Indian journal of veterinary science and animal husbandry - Volume 11,
Year: 1941
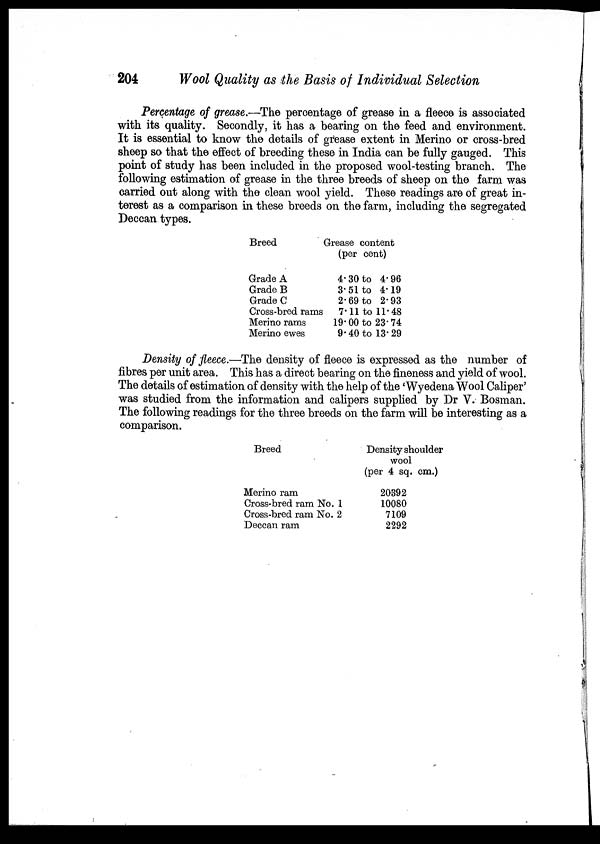
204
Wool Quality as the Basis of Individual Selection
Percentage of grease.—The percentage of grease in a fleece is associated
with its quality. Secondly, it has a bearing on the feed and environment.
It is essential to know the details of grease extent in Merino or cross-bred
sheep so that the effect of breeding these in India can be fully gauged. This
point of study has been included in the proposed wool-testing branch. The
following estimation of grease in the three breeds of sheep on the farm was
carried out along with the clean wool yield. These readings are of great in-
terest as a comparison in these breeds on the farm, including the segregated
Deccan types.
Breed
Grade A
Grade B
Grade C
Cross-bred rams
Merino rams
Merino ewes
Grease content
(per cent)
4.30 to 4.96
3.51 to 4.19
2.69 to 2.93
7.11 to 11.48
19.00 to 23.74
9.40 to 13.29
Density of fleece.—The density of fleece is expressed as the number of
fibres per unit area. This has a direct bearing on the fineness and yield of wool.
The details of estimation of density with the help of the 'Wyedena Wool Caliper'
was studied from the information and calipers supplied by Dr V. Bosman.
The following readings for the three breeds on the farm will be interesting as a
comparison.
Breed
Merino ram
Cross-bred ram
Cross-bred ram
Deccan ram
No.
No.
1
2
Density shoulder
wool
(per 4 sq. cm.)
20392
10080
7109
2292